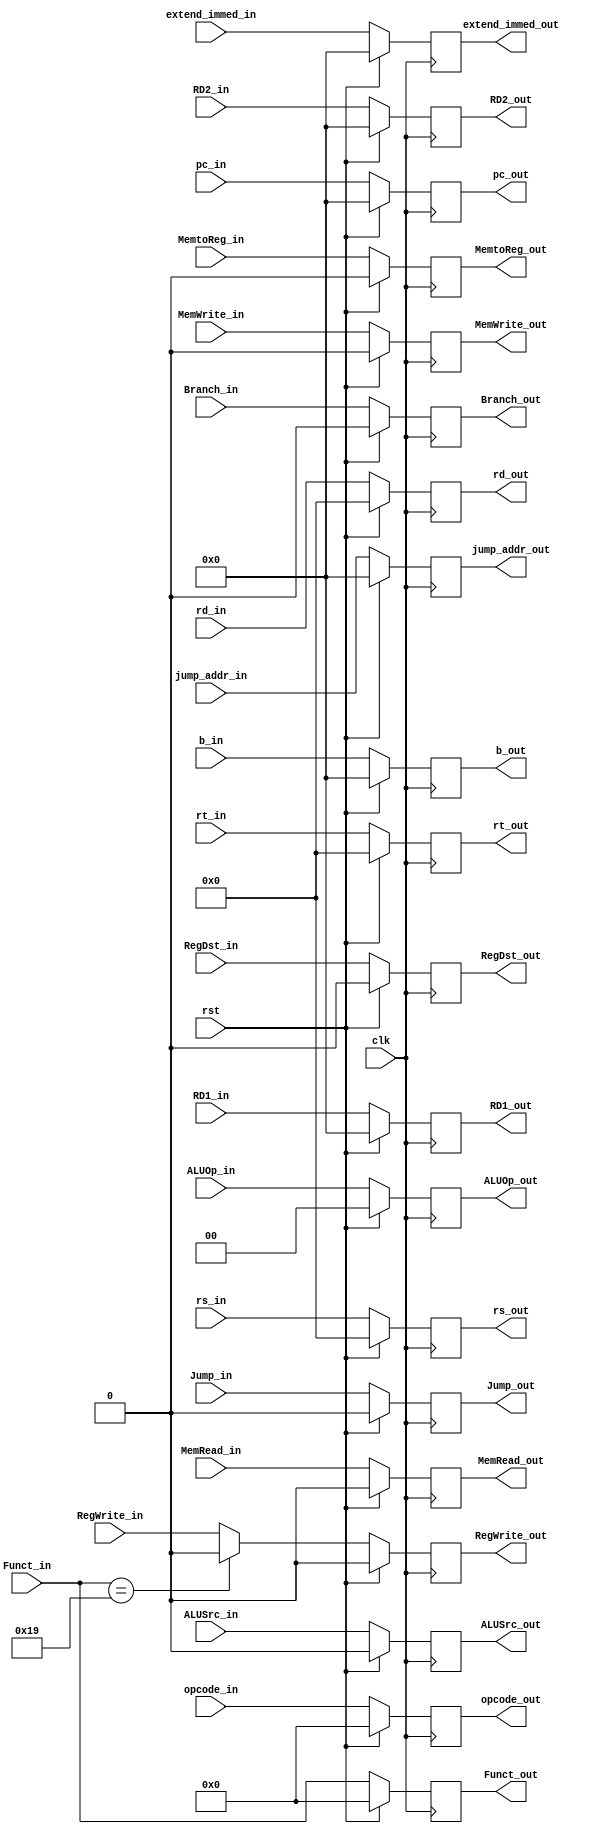
module FromIDTOEX( clk, rst, 
				   RegDst_in, ALUSrc_in, MemtoReg_in, RegWrite_in, MemRead_in, MemWrite_in, Branch_in, Jump_in, 
				   ALUOp_in, rt_in, rd_in, opcode_in, rs_in,
				   pc_in, RD1_in, RD2_in, extend_immed_in, jump_addr_in, b_in, 
				   RegDst_out, ALUSrc_out, MemtoReg_out, RegWrite_out, MemRead_out, MemWrite_out, Branch_out, Jump_out, 
				   ALUOp_out,rt_out, rd_out,opcode_out, pc_out, RD1_out, RD2_out, extend_immed_out, jump_addr_out,
				   Funct_in, Funct_out, rs_out, b_out);
				   
	input clk, rst;
	input RegDst_in, ALUSrc_in, MemtoReg_in, RegWrite_in, MemRead_in, MemWrite_in, Branch_in, Jump_in ;
	input [1:0] ALUOp_in;
	input [4:0] rt_in, rd_in, rs_in ;	
	input [5:0] opcode_in, Funct_in;	
	input [31:0] pc_in, RD1_in, RD2_in, extend_immed_in, jump_addr_in, b_in;

	output RegDst_out, ALUSrc_out, MemtoReg_out, RegWrite_out, MemRead_out, MemWrite_out, Branch_out, Jump_out ;	
	output [1:0] ALUOp_out ;
	output [4:0] rt_out, rd_out, rs_out ;
	output [5:0] opcode_out,Funct_out;		
	output [31:0] pc_out, RD1_out, RD2_out, extend_immed_out, jump_addr_out, b_out;


	reg RegDst_out, ALUSrc_out, MemtoReg_out, RegWrite_out, MemRead_out, MemWrite_out, Branch_out, Jump_out ;	
	reg [1:0] ALUOp_out ;	
	reg [4:0] rt_out, rd_out, rs_out ;
	reg [5:0] opcode_out, Funct_out;
	reg [31:0] pc_out, RD1_out, RD2_out, extend_immed_out, jump_addr_out, b_out;
	
	
	always @( posedge clk ) begin
	#10;
		if (rst) begin
			RegDst_out <= 1'b0;
			ALUSrc_out <= 1'b0;
			MemtoReg_out <= 1'b0;
			RegWrite_out <= 1'b0;
			MemRead_out <= 1'b0;
			MemWrite_out <= 1'b0;
			Branch_out <= 1'b0;
			Jump_out <= 1'b0;
			
			ALUOp_out <= 2'b0;
			rt_out <= 4'b0;
			rd_out <= 4'b0;
			rs_out <= 4'b0;
			opcode_out <= 6'b0;	
            Funct_out <= 6'b0;				
			pc_out <= 32'b0;			
			RD1_out <= 32'b0;
			RD2_out <= 32'b0;
			extend_immed_out <= 32'b0;
			jump_addr_out <= 32'b0;
			b_out <= 32'b0;
		end
		else if (Funct_in == 6'd25) begin
		    RegDst_out <= RegDst_in ;
			ALUSrc_out <= ALUSrc_in ;
			MemtoReg_out <= MemtoReg_in ;
			RegWrite_out <=  1'b0 ;
			MemRead_out <=  MemRead_in ;
			MemWrite_out <= MemWrite_in ;
			Branch_out <= Branch_in ;
			Jump_out <= Jump_in ;
			
			ALUOp_out <= ALUOp_in ;		
			rt_out <= rt_in ;
			rd_out <= rd_in ;
			rs_out <= rs_in ;
			opcode_out <= opcode_in ;	
            Funct_out <= Funct_in ;			
			pc_out <= pc_in ;
			RD1_out <= RD1_in ;
			RD2_out <= RD2_in ;
			extend_immed_out <= extend_immed_in ;
			jump_addr_out <= jump_addr_in;
			b_out <= b_in;
		end
		
		else begin
			RegDst_out <= RegDst_in ;
			ALUSrc_out <= ALUSrc_in ;
			MemtoReg_out <= MemtoReg_in ;
			RegWrite_out <=  RegWrite_in ;
			MemRead_out <=  MemRead_in ;
			MemWrite_out <= MemWrite_in ;
			Branch_out <= Branch_in ;
			Jump_out <= Jump_in ;
			
			ALUOp_out <= ALUOp_in ;		
			rt_out <= rt_in ;
			rd_out <= rd_in ;
			rs_out <= rs_in ;
			opcode_out <= opcode_in ;	
            Funct_out <= Funct_in ;			
			pc_out <= pc_in ;
			RD1_out <= RD1_in ;
			RD2_out <= RD2_in ;
			extend_immed_out <= extend_immed_in ;
			jump_addr_out <= jump_addr_in;
			b_out <= b_in;
		end
	end
		
endmodule